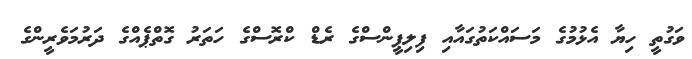
ވަގުތީ ހިޔާ އެޅުމުގެ މަސައްކަތުގައާއި ފިލިޕީންސްގެ ރެޑް ކްރޮސްގެ ހަތަރު ގޮތްޕެއްގެ ދަރުމަވެރީންގެ